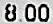
8.00